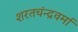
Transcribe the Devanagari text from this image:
शरतचंन्द्रवर्मा